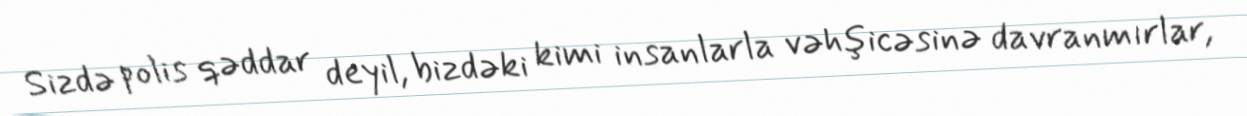
Sizdə polis qəddar deyil, bizdəki kimi insanlarla vəhşicəsinə davranmırlar,